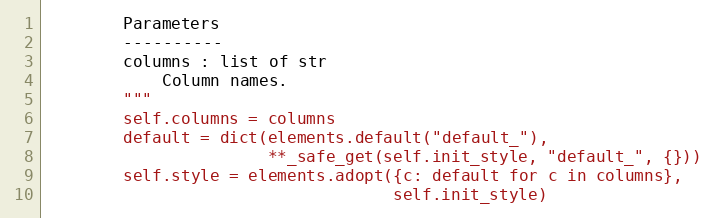
Language: Python
        Parameters
        ----------
        columns : list of str
            Column names.
        """
        self.columns = columns
        default = dict(elements.default("default_"),
                       **_safe_get(self.init_style, "default_", {}))
        self.style = elements.adopt({c: default for c in columns},
                                    self.init_style)